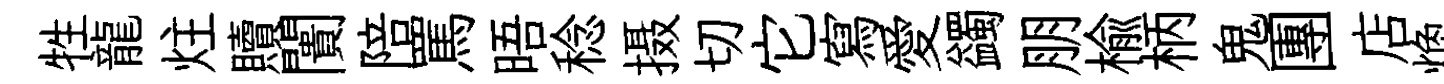
牲龍炷贖闠陪罵晤稔摄切它寫愛蠲朋楡柄鬼團店焕